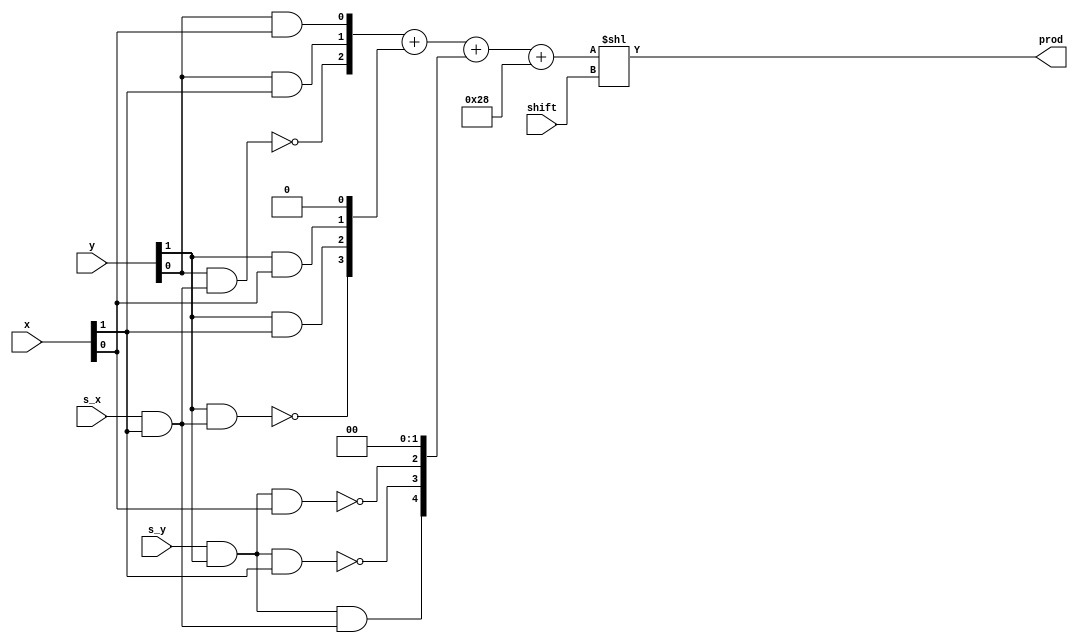
module bitbrick (
    input [1:0] x,
    input s_x,
    input [1:0] y,
    input s_y,
    input [2:0] shift,
    output [9:0] prod
    );

    wire [2:0] x1, y1;
    wire [5:0] p0, p1, p2;
    wire [5:0] p3 = 6'b101000;
    wire [5:0] p;
    

    assign x1[1:0] = x[1:0];
    assign y1[1:0] = y[1:0];

    assign x1[2] = s_x & x[1];
    assign y1[2] = s_y & y[1];

    assign p0 = {~(y1[0] & x1[2]), y1[0] & x1[1], y1[0] & x1[0]};
    assign p1 = {~(y1[1] & x1[2]), y1[1] & x1[1], y1[1] & x1[0]} << 1;
    assign p2 = {y1[2] & x1[2], ~(y1[2] & x1[1]), ~(y1[2] & x1[0]) } << 2;

    assign p = p0 + p1 + p2 + p3;    

    assign prod = (($signed(p) << 4) >>> 4) << shift; 
endmodule